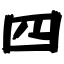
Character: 四